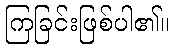
ကြခြင်းဖြစ်ပါ၏။